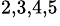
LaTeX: ^{2,3,4,5}